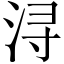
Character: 浔